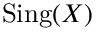
{ \mathrm { S i n g } } ( X )